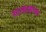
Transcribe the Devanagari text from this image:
नाटकाकाच्या